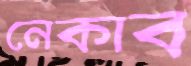
নেকাব